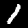
Label: 1